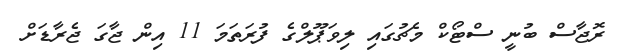
ރޮޖާސް ބުނީ ސްޓޯކް މެޗުގައި ލިވަޕޫލްގެ ފުރަތަމަ 11 އިން ޖާގަ ޖެރާޑަށް